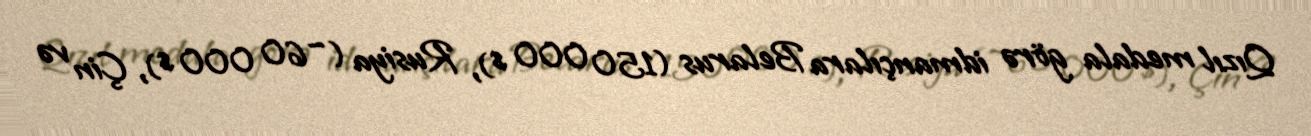
Qızıl medala görə idmançılara Belarus (150 000 $), Rusiya (~60 000 $), Çin və